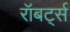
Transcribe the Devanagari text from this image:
रॉबर्ट्‍स